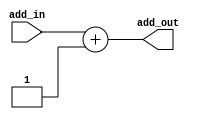
// Connor Noddin
// ECE 473
// Program Counter Incrementer
// 10/07/2023


module incrementer(
	input wire [31:0] add_in,
	output wire [31:0] add_out);
	
	//No carry so this will loop back to 0
	assign add_out  = (add_in + 32'd1);

endmodule